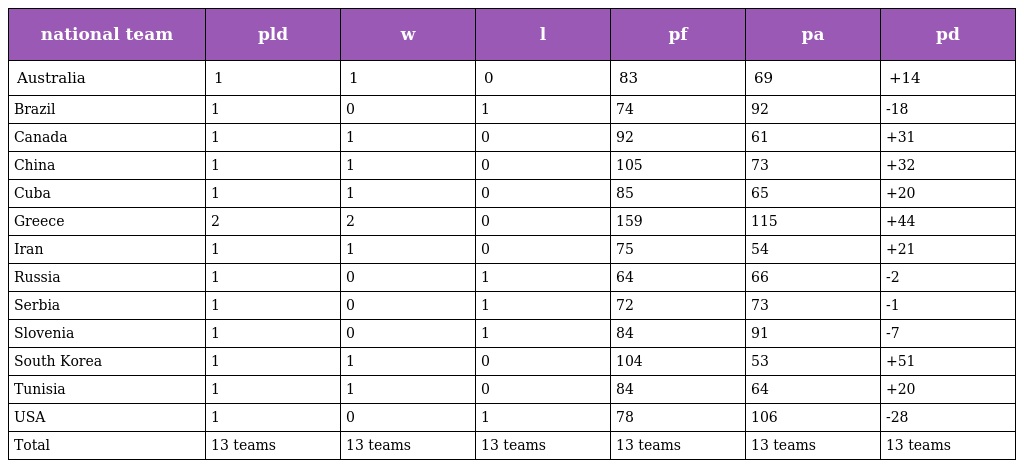
| national team | pld | w | l | pf | pa | pd |
 | --- | --- | --- | --- | --- | --- | --- |
 | Australia | 1 | 1 | 0 | 83 | 69 | +14 |
 | Brazil | 1 | 0 | 1 | 74 | 92 | -18 |
 | Canada | 1 | 1 | 0 | 92 | 61 | +31 |
 | China | 1 | 1 | 0 | 105 | 73 | +32 |
 | Cuba | 1 | 1 | 0 | 85 | 65 | +20 |
 | Greece | 2 | 2 | 0 | 159 | 115 | +44 |
 | Iran | 1 | 1 | 0 | 75 | 54 | +21 |
 | Russia | 1 | 0 | 1 | 64 | 66 | -2 |
 | Serbia | 1 | 0 | 1 | 72 | 73 | -1 |
 | Slovenia | 1 | 0 | 1 | 84 | 91 | -7 |
 | South Korea | 1 | 1 | 0 | 104 | 53 | +51 |
 | Tunisia | 1 | 1 | 0 | 84 | 64 | +20 |
 | USA | 1 | 0 | 1 | 78 | 106 | -28 |
 | Total | 13 teams | 13 teams | 13 teams | 13 teams | 13 teams | 13 teams |